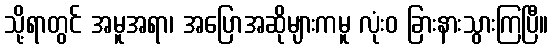
သို့ရာတွင် အမူအရာ၊ အပြောအဆိုများကမူ လုံးဝ ခြားနားသွားကြပြီ။